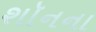
શૉનના